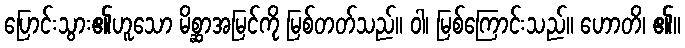
ပြောင်းသွား၏ဟူသော မိစ္ဆာအမြင်ကို မြစ်တတ်သည်။ ဝါ၊ မြစ်ကြောင်းသည်။ ဟောတိ၊ ၏။